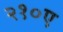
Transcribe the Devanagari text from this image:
२१०ए